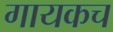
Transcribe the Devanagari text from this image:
गायकच